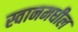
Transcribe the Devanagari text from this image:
स्वानमधील